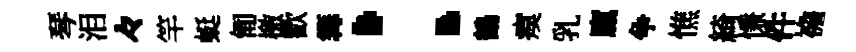
琴泪々竿蜓匍檄歡篝：鶴瘼乳廩争憔綺慊件襜